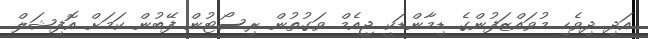
އަދި ދިވެހި މުވައްޒަފުންގެ ޑިމާންޑަކީ ޖީއެމް ވަގުތުން ރިސޯޓުން ފޭބުން ކަމަށް އޮފިޝަލް